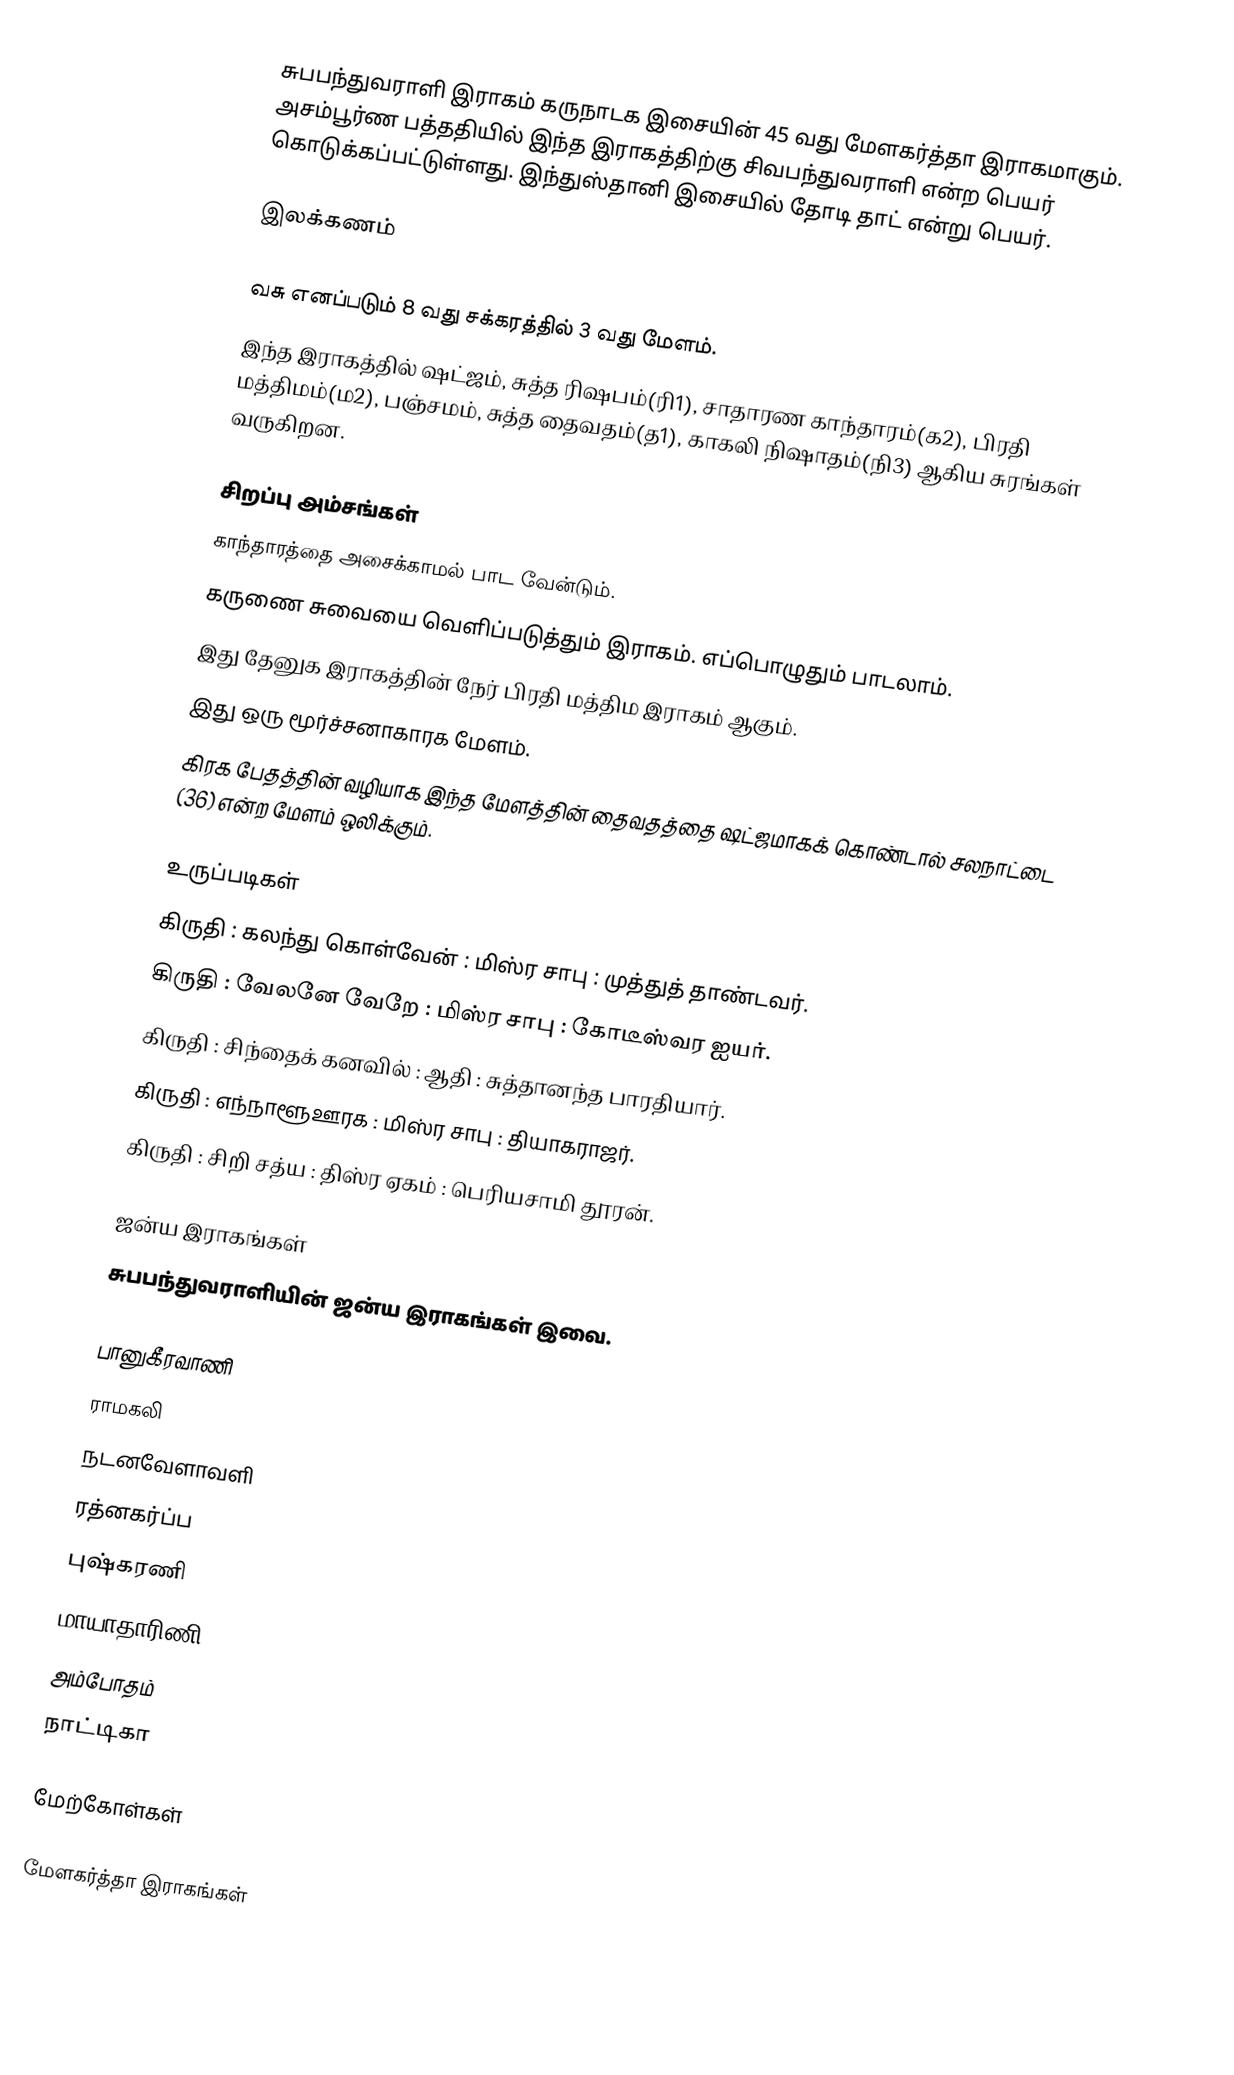
சுபபந்துவராளி இராகம் கருநாடக இசையின் 45 வது மேளகர்த்தா இராகமாகும். அசம்பூர்ண பத்ததியில் இந்த இராகத்திற்கு சிவபந்துவராளி என்ற பெயர் கொடுக்கப்பட்டுள்ளது. இந்துஸ்தானி இசையில் தோடி தாட் என்று பெயர்.

இலக்கணம்

 வசு எனப்படும்  8 வது சக்கரத்தில் 3 வது மேளம்.
 இந்த இராகத்தில் ஷட்ஜம், சுத்த ரிஷபம்(ரி1), சாதாரண காந்தாரம்(க2), பிரதி மத்திமம்(ம2), பஞ்சமம், சுத்த தைவதம்(த1), காகலி நிஷாதம்(நி3) ஆகிய சுரங்கள் வருகிறன.

சிறப்பு அம்சங்கள்
 காந்தாரத்தை அசைக்காமல் பாட வேன்டும்.
 கருணை சுவையை வெளிப்படுத்தும் இராகம். எப்பொழுதும் பாடலாம்.
 இது தேனுக இராகத்தின் நேர் பிரதி மத்திம இராகம் ஆகும்.
 இது ஒரு மூர்ச்சனாகாரக மேளம்.
 கிரக பேதத்தின் வழியாக இந்த மேளத்தின் தைவதத்தை ஷட்ஜமாகக் கொண்டால் சலநாட்டை (36) என்ற மேளம் ஒலிக்கும்.

உருப்படிகள்
 கிருதி	: கலந்து கொள்வேன்	: மிஸ்ர சாபு	: முத்துத் தாண்டவர்.
 கிருதி	: வேலனே வேறே		: மிஸ்ர சாபு	: கோடீஸ்வர ஐயர்.
 கிருதி	: சிந்தைக் கனவில்		: ஆதி		: சுத்தானந்த பாரதியார்.
 கிருதி	: எந்நாளூஊரக			: மிஸ்ர சாபு	: தியாகராஜர்.
 கிருதி	: சிறி சத்ய			: திஸ்ர ஏகம்	: பெரியசாமி தூரன்.

ஜன்ய இராகங்கள்
சுபபந்துவராளியின் ஜன்ய இராகங்கள் இவை.

 பானுகீரவாணி
 ராமகலி
 நடனவேளாவளி
 ரத்னகர்ப்ப
 புஷ்கரணி
 மாயாதாரிணி
 அம்போதம்
 நாட்டிகா

மேற்கோள்கள்

மேளகர்த்தா இராகங்கள்